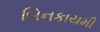
બિનકાયમી